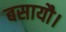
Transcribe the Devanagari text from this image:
बसायौ।